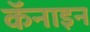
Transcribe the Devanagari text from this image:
कॅनाइन